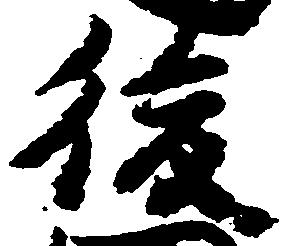
後